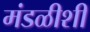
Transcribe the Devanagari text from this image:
मंडळीशी